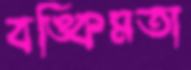
বঙ্কিমতা